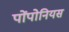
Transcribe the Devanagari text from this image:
पोंपोनियस